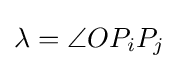
\lambda =\angle OP_{i}P_{j}